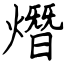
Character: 熸